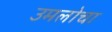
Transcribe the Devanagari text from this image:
उमलोचा